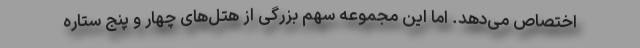
اختصاص می‌دهد. اما این مجموعه سهم بزرگی از هتل‌های چهار و پنج ستاره